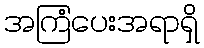
အကြံပေးအရာရှိ